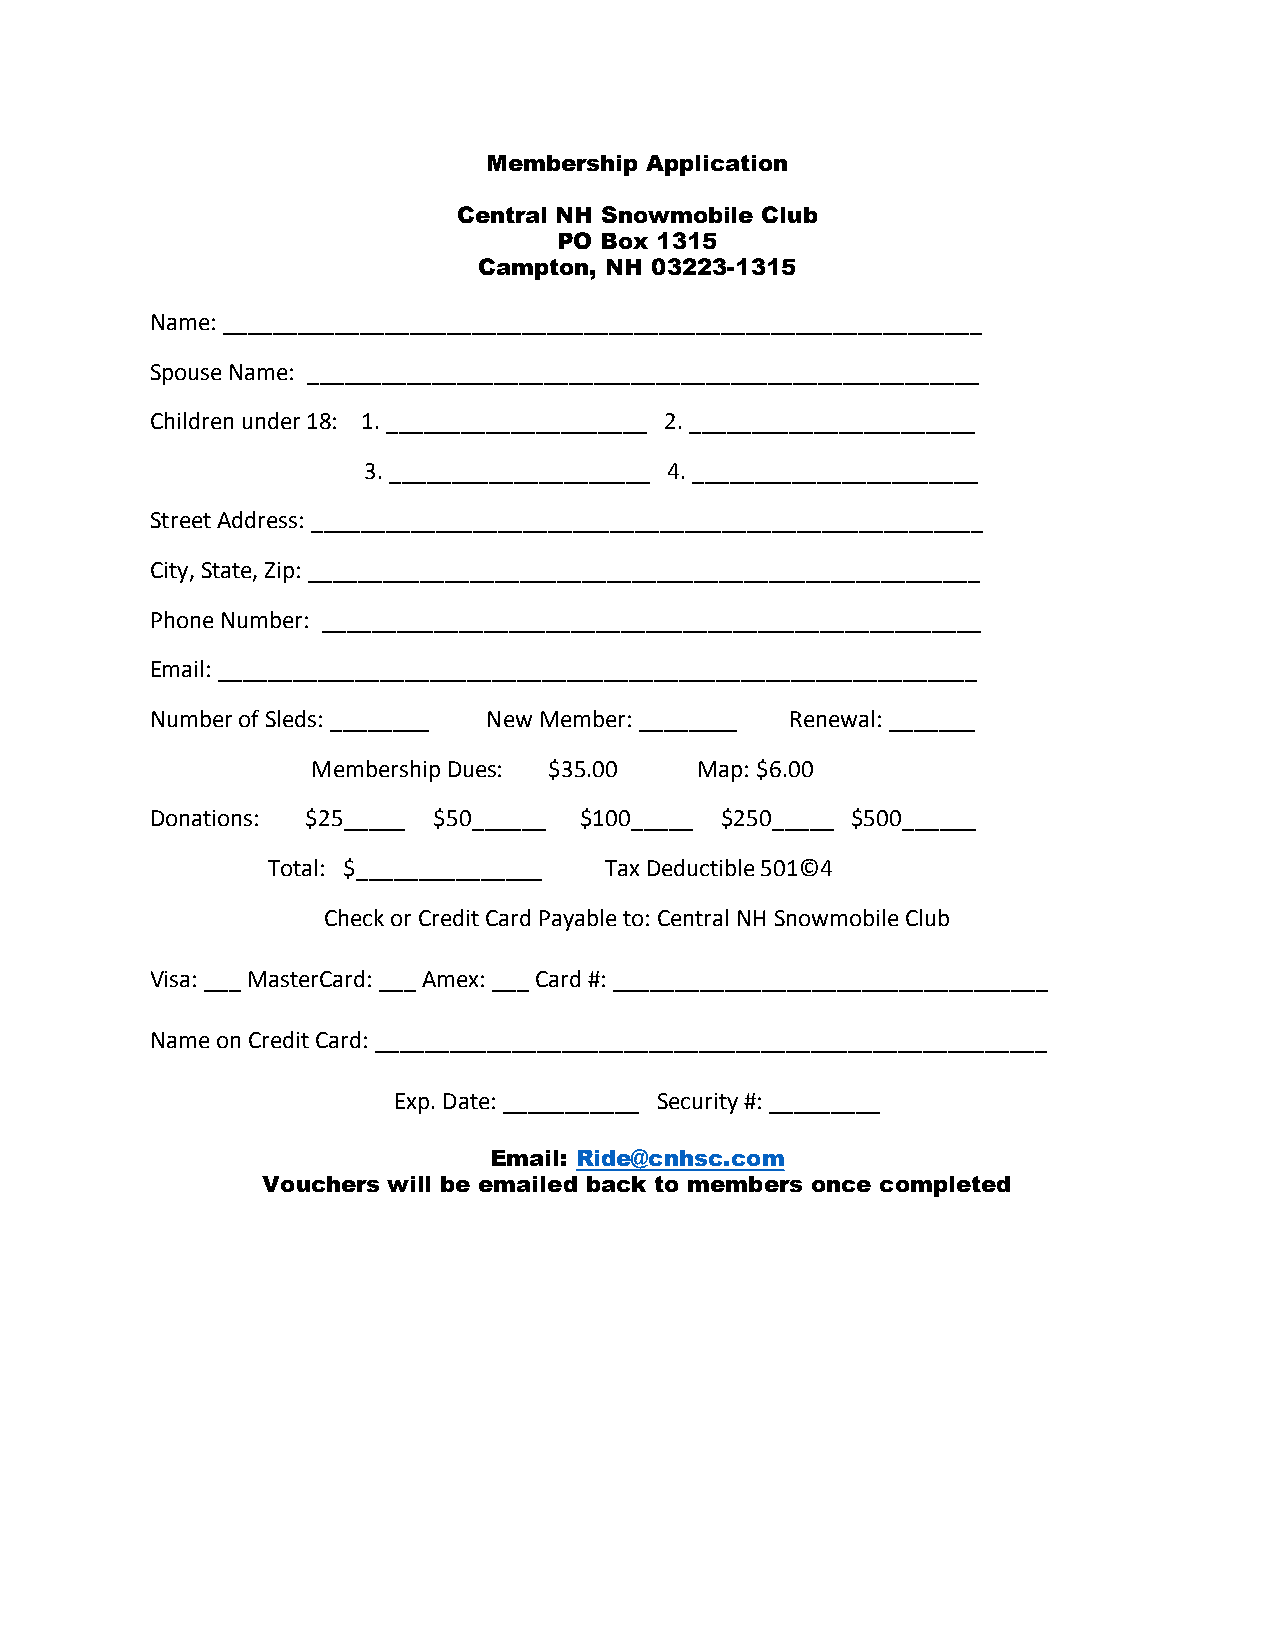
Membership Application
 Central NH Snowmobile Club
 PO Box 1315
 Campton, NH 03223-1315
 Name: _____________________________________________________________
 Spouse Name: ______________________________________________________
 Children under 18: 1. _____________________ 2. _______________________
 3. _____________________ 4. _______________________
 Street Address: ______________________________________________________
 City, State, Zip: ______________________________________________________
 Phone Number: _____________________________________________________
 Email: _____________________________________________________________
 Number of Sleds: ________ New Member: ________ Renewal: _______
 Membership Dues: $35.00  Map: $6.00
 Donations: $25_____ $50______ $100_____ $250_____ $500______
 Total: $_______________ Tax Deductible 501©4
 Check or Credit Card Payable to: Central NH Snowmobile Club
 Visa: ___ MasterCard: ___ Amex: ___ Card #: ___________________________________
 Name on Credit Card: ______________________________________________________
 Exp. Date: ___________ Security #: _________
 Email: Ride@cnhsc.com
 Vouchers will be emailed back to members once completed